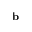
{ \bf b }